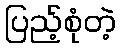
ပြည့်စုံတဲ့